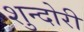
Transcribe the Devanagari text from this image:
शुन्दोरी